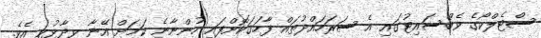
ސްޓެލްކޯގެ ވެބްސައިޓުގައި އެ ސަރަހައްދުތައް ފާހަގަކޮށްފައި ހުންނާނެ ކަމަށް އޭނާ ވިދާޅުވި އެވެ.